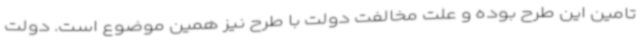
تامین این طرح بوده و علت مخالفت دولت با طرح نیز همین موضوع است. دولت